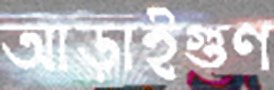
আড়াইগুণ